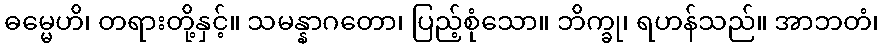
ဓမ္မေဟိ၊ တရားတို့နှင့်။ သမန္နာဂတော၊ ပြည့်စုံသော။ ဘိက္ခု၊ ရဟန်သည်။ အာဘတံ၊